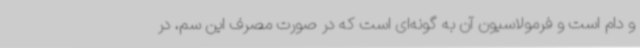
و دام است و فرمولاسیون آن به گونه‌ای است که در صورت مصرف این سم، در